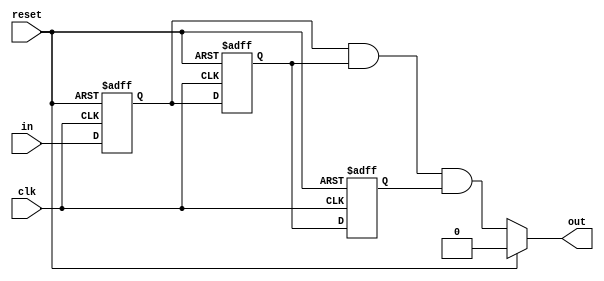
`timescale 1ns / 1ps

/*******************************************************************
*
* Module: Debouncer.v
* Project: Digital Alarm Clock
* Description: this is the debouncer used for the interactive push buttons
*
* Change history: 1/5/2024  18/5/2024
*
*
**********************************************************************/




module Debouncer(input clk, reset, in, output out);
    reg q1,q2,q3;
    always@(posedge clk, posedge reset) begin
        if(reset == 1'b1) begin
            q1 <= 0;
            q2 <= 0;
            q3 <= 0;
        end
        else begin
            q1 <= in;
            q2 <= q1;
            q3 <= q2;
        end
    end
    assign out = (reset) ? 0:q1&q2&q3;
endmodule